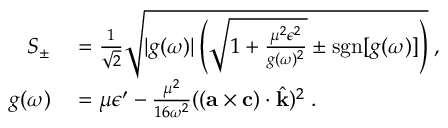
\begin{array} { r l } { S _ { \pm } } & { { } = \frac { 1 } { \sqrt { 2 } } \sqrt { | g ( \omega ) | \left( \sqrt { 1 + \frac { \mu ^ { 2 } \epsilon ^ { 2 } } { g ( \omega ) ^ { 2 } } } \pm \mathrm { s g n } [ g ( \omega ) ] \right) } \; , } \\ { g ( \omega ) } & { { } = \mu \epsilon ^ { \prime } - \frac { \mu ^ { 2 } } { 1 6 \omega ^ { 2 } } ( ( { \bf { a } } \times { \bf { c } } ) \cdot \hat { \bf { k } } ) ^ { 2 } \; . } \end{array}